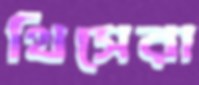
থিসেরা